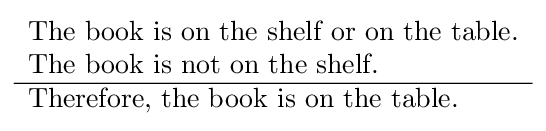
{\begin{array}{l}{\text{The book is on the shelf or on the table.}}\\{\text{The book is not on the shelf.}}\\\hline {\text{Therefore, the book is on the table. }}\end{array}}